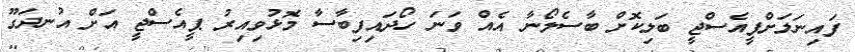
ފައިނަލަށްޕީއެސްޖީ ބަލިކޮށް ބާސެލޯނާ އެއް ވަނަ ހޯދައިފިބާސާ މޮޅުވިއިރު ޕީއެސްޖީ އަށް އުނދަގޫ